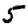
Digit: 5